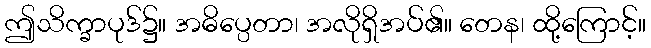
ဤသိက္ခာပုဒ်၌။ အဓိပ္ပေတာ၊ အလိုရှိအပ်၏။ တေန၊ ထို့ကြောင့်။